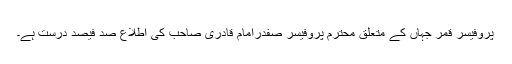
پروفیسر قمر جہاں کے متعلق محترم پروفیسر صفدرامام قادری صاحب کی اطلاع صد فیصد درست ہے۔